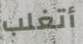
أتغلب